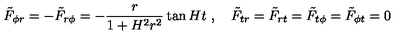
{ \tilde { F } } _ { \phi r } = - { \tilde { F } } _ { r \phi } = - \frac { r } { 1 + H ^ { 2 } r ^ { 2 } } \tan H t \ , \quad { \tilde { F } } _ { t r } = { \tilde { F } } _ { r t } = { \tilde { F } } _ { t \phi } = { \tilde { F } } _ { \phi t } = 0